Bréfritari: Þórarinn Stefánsson
Dagsetning: A-1927-10-30
Skrifað á: Vesturheimi

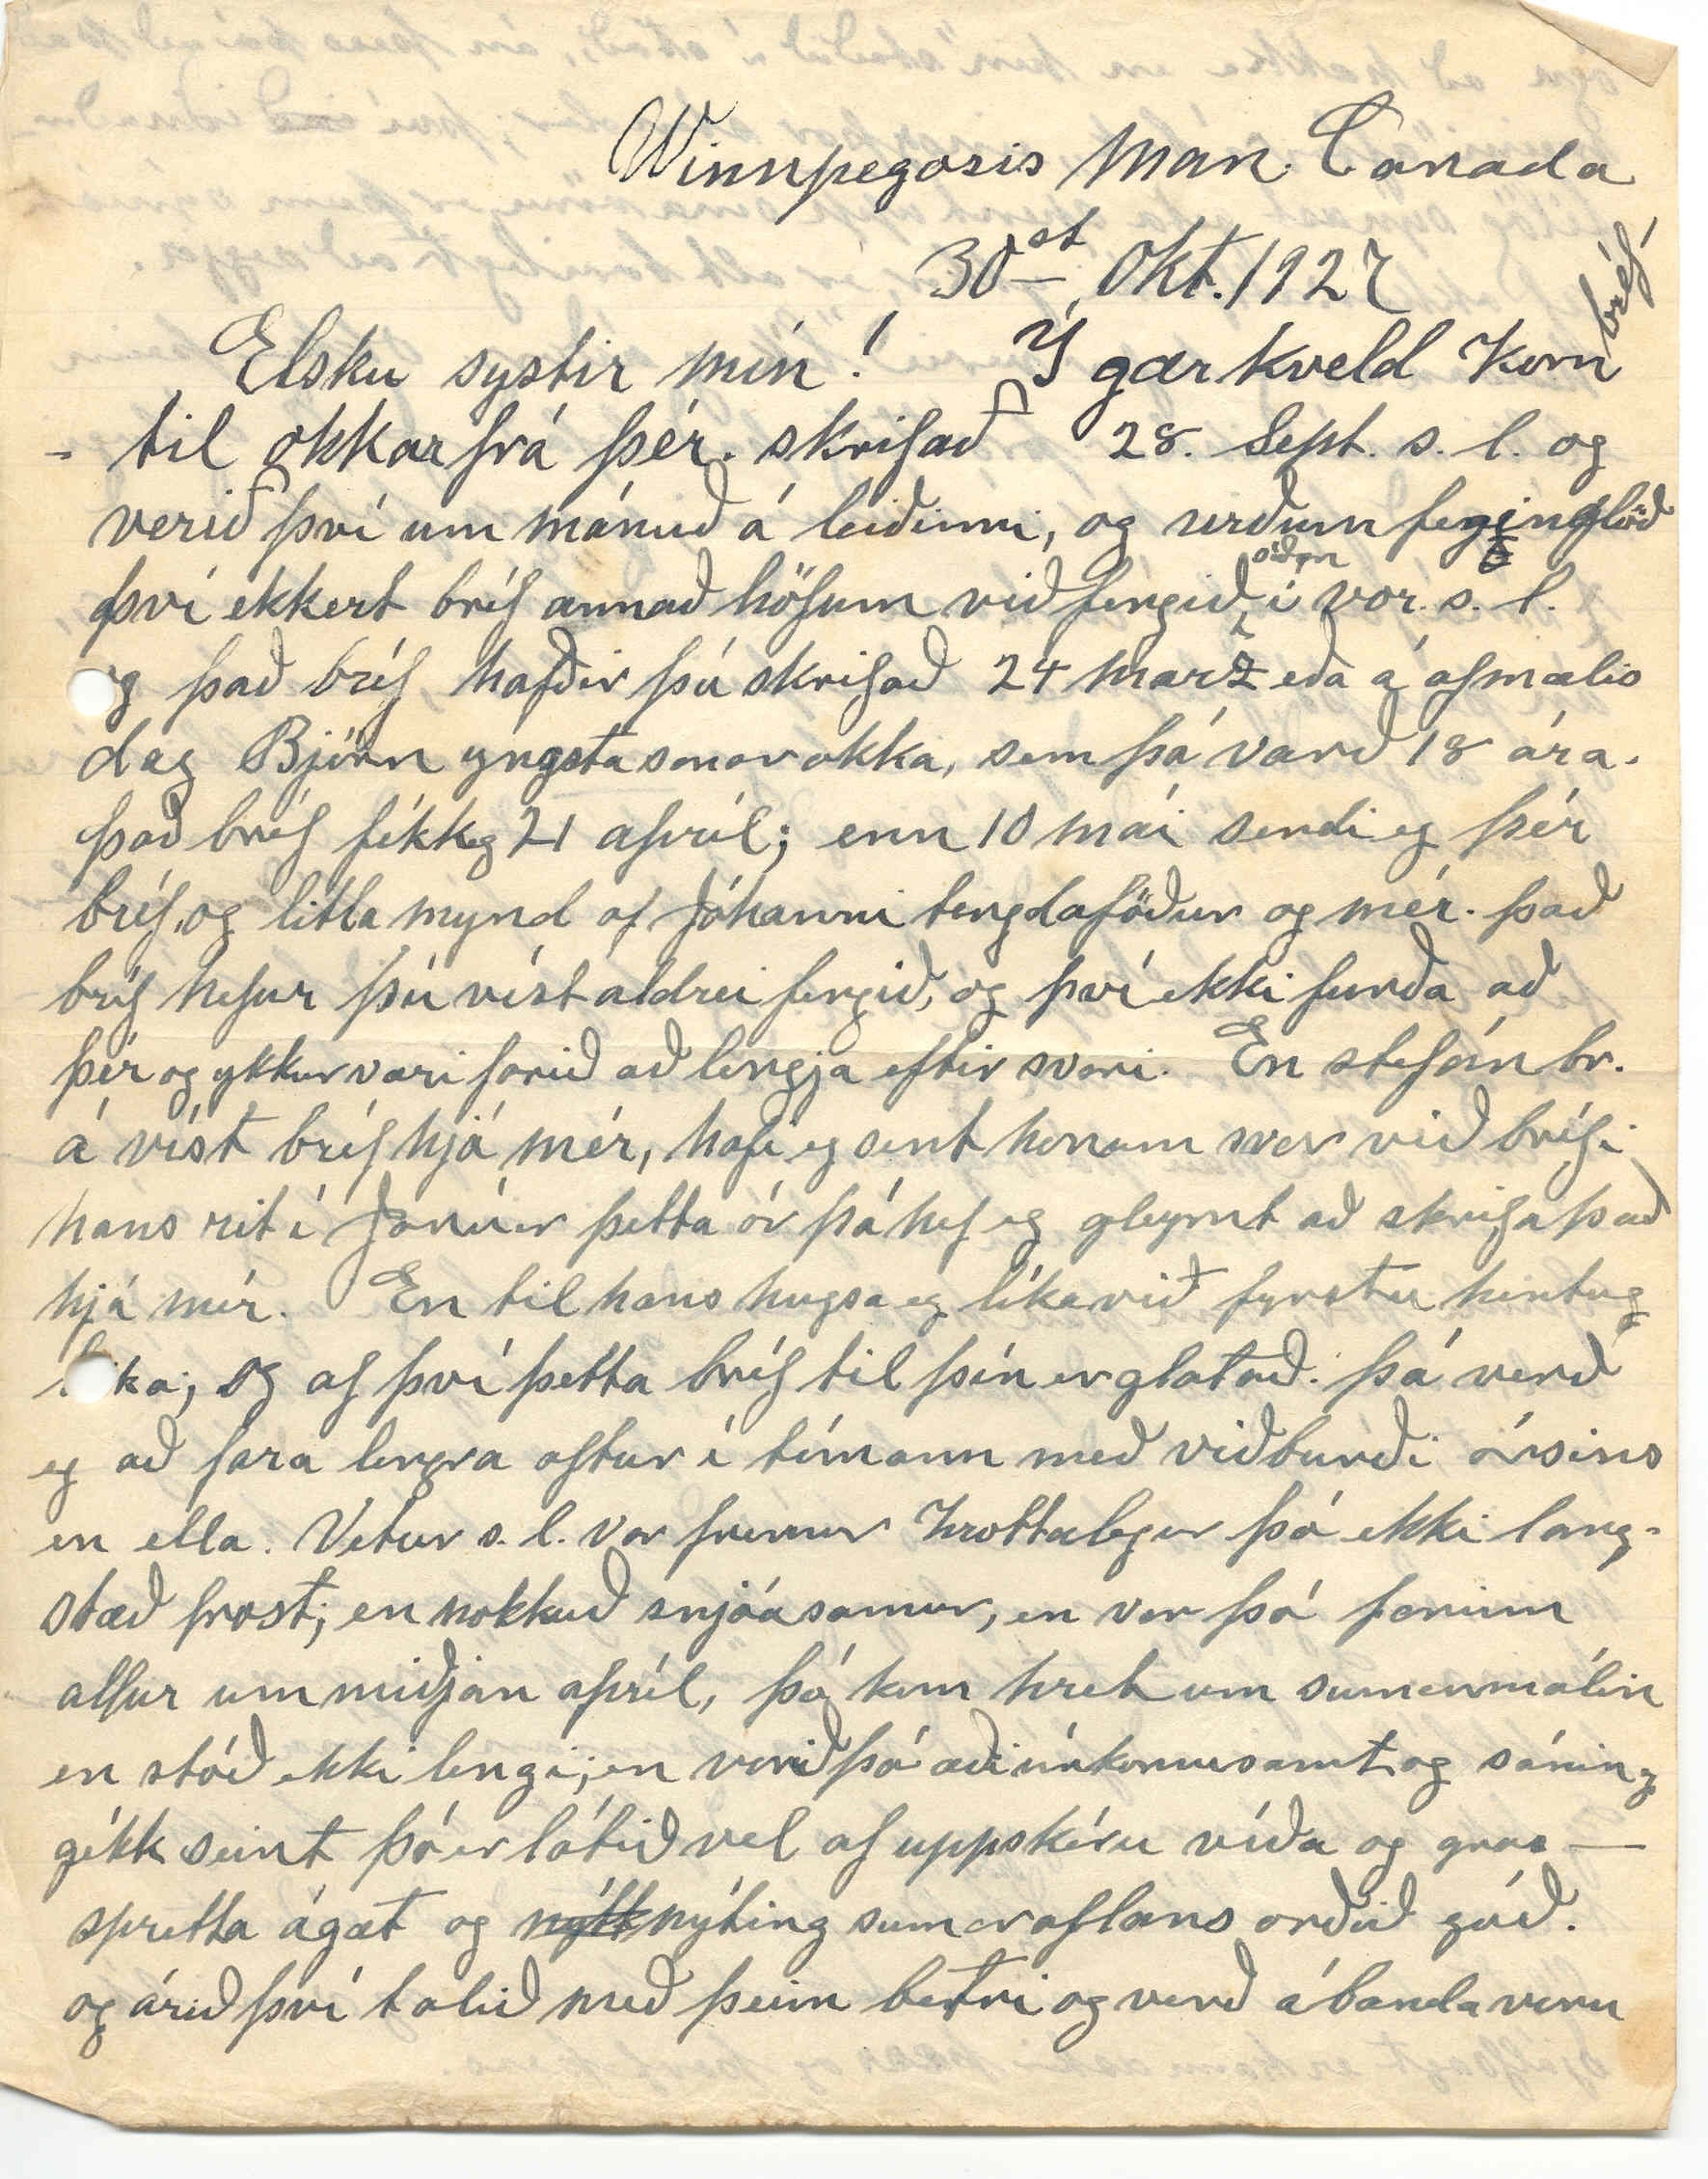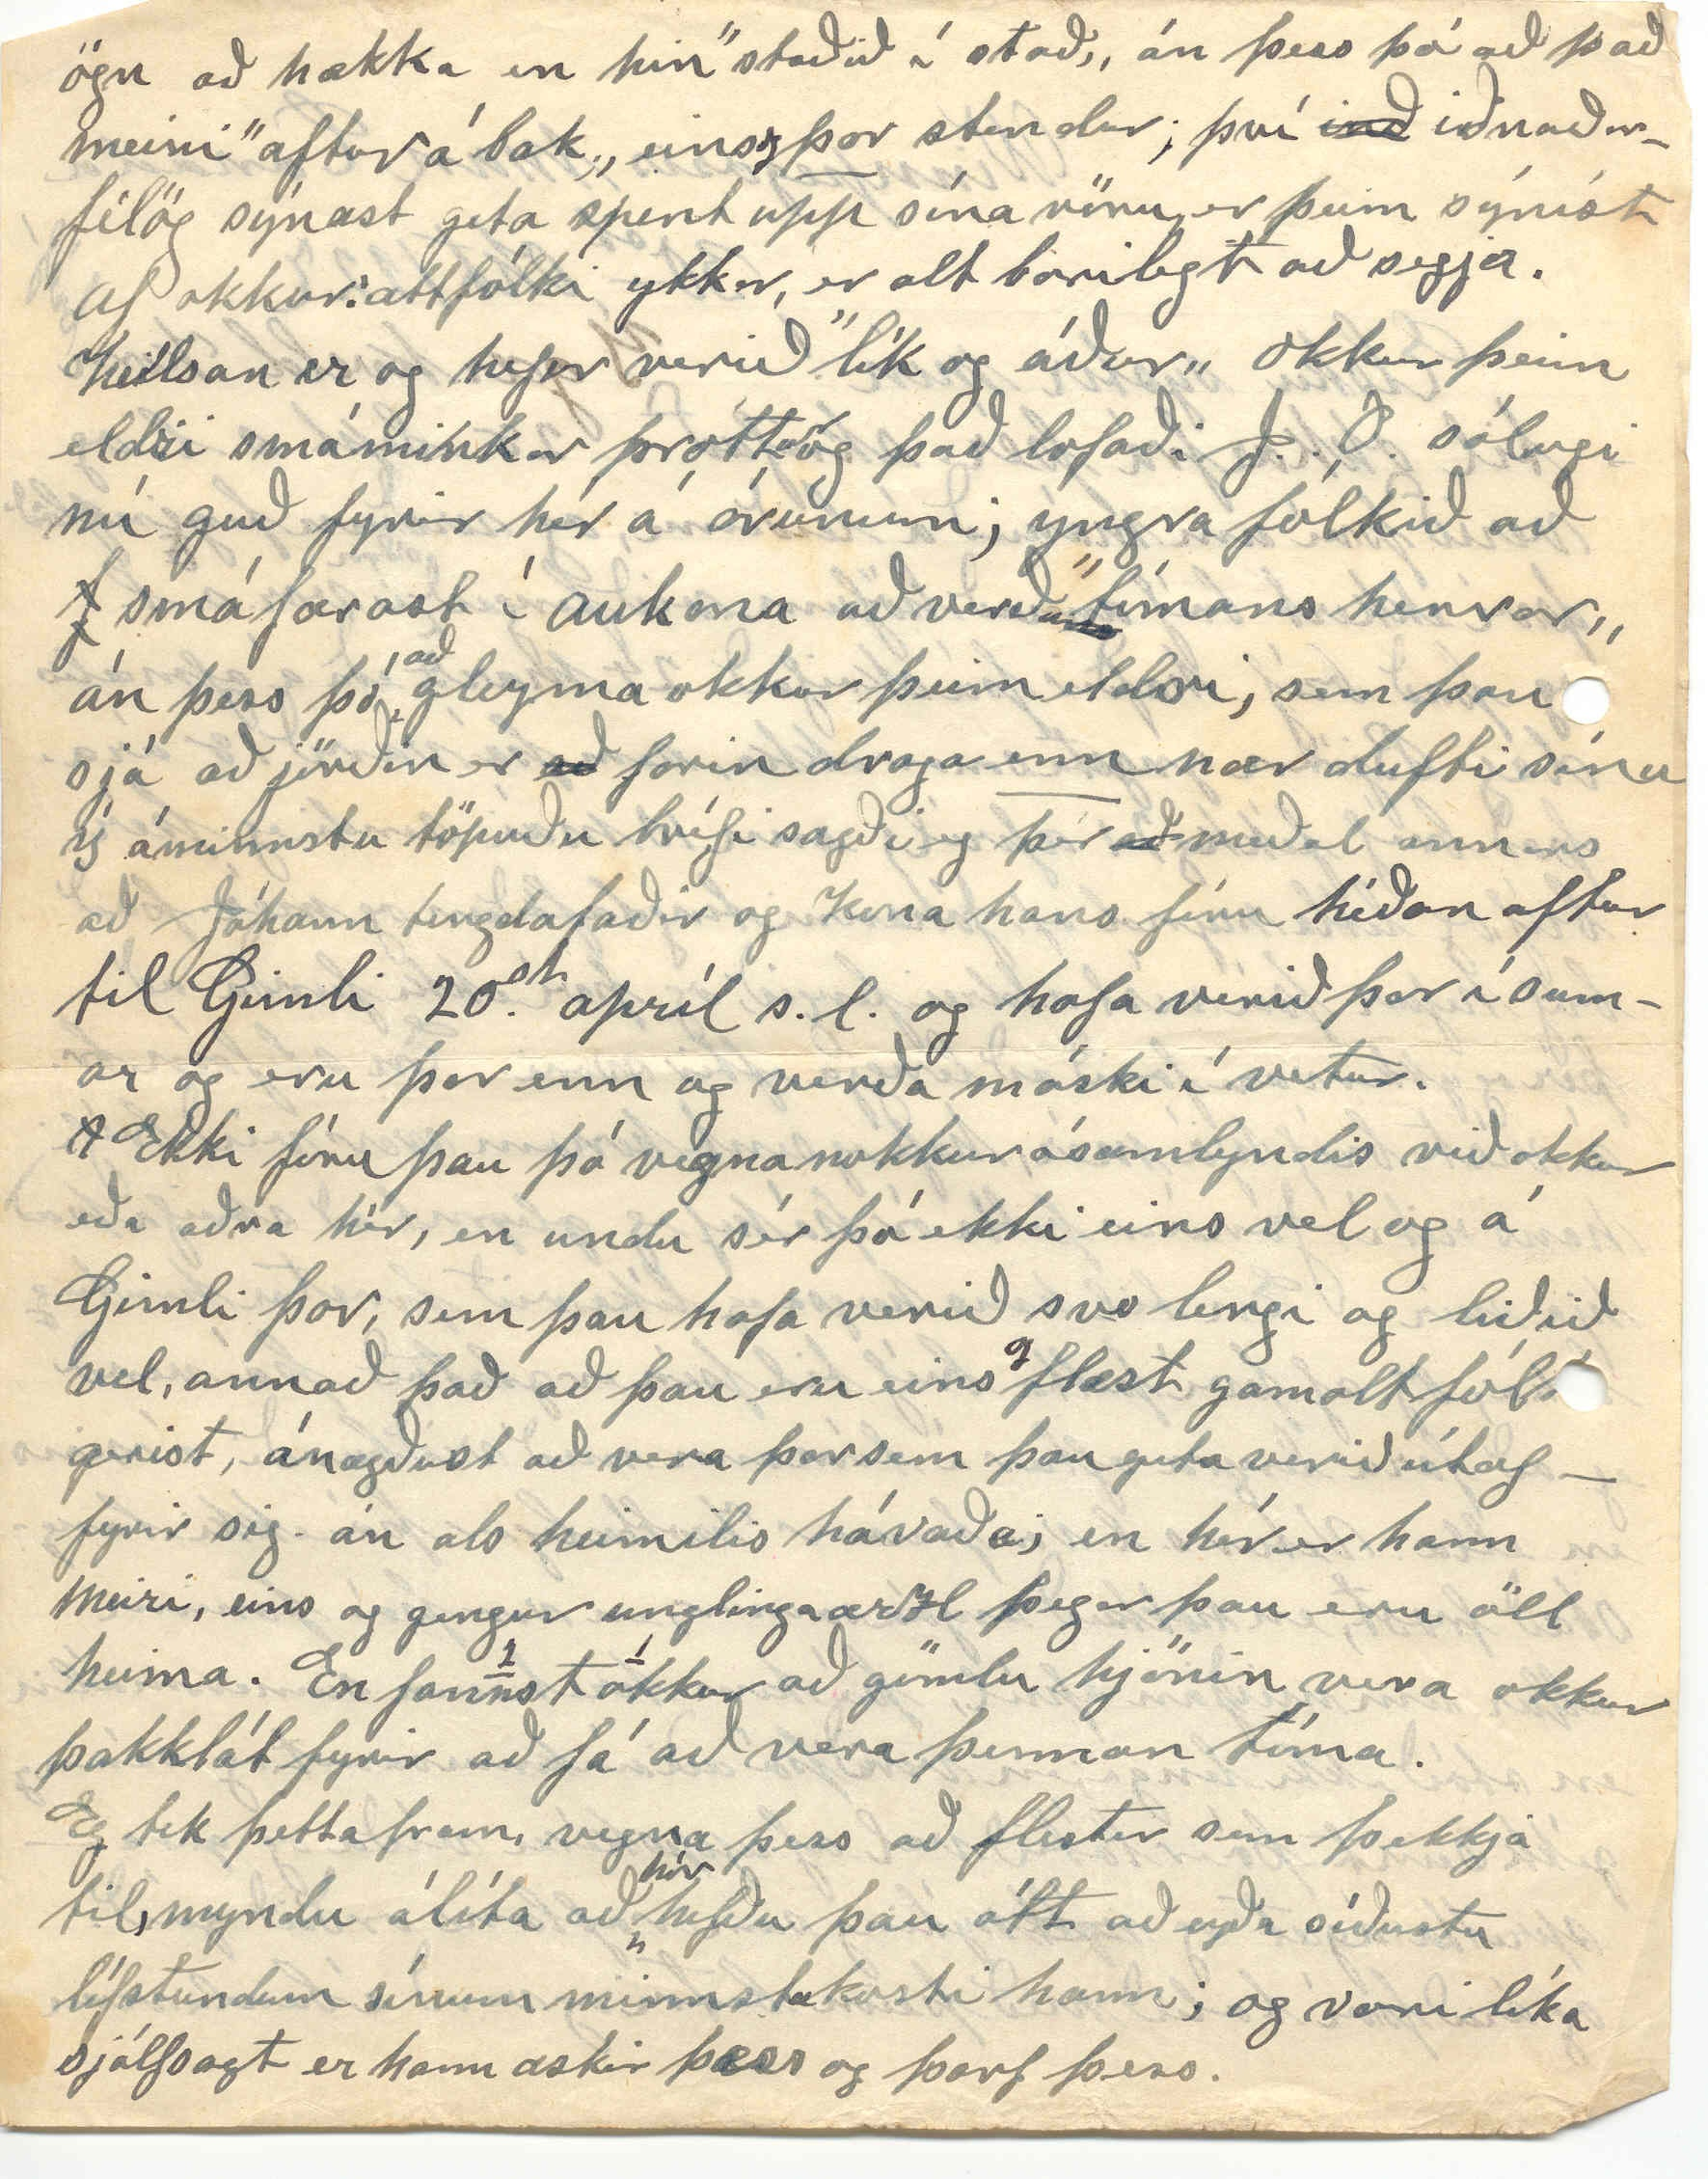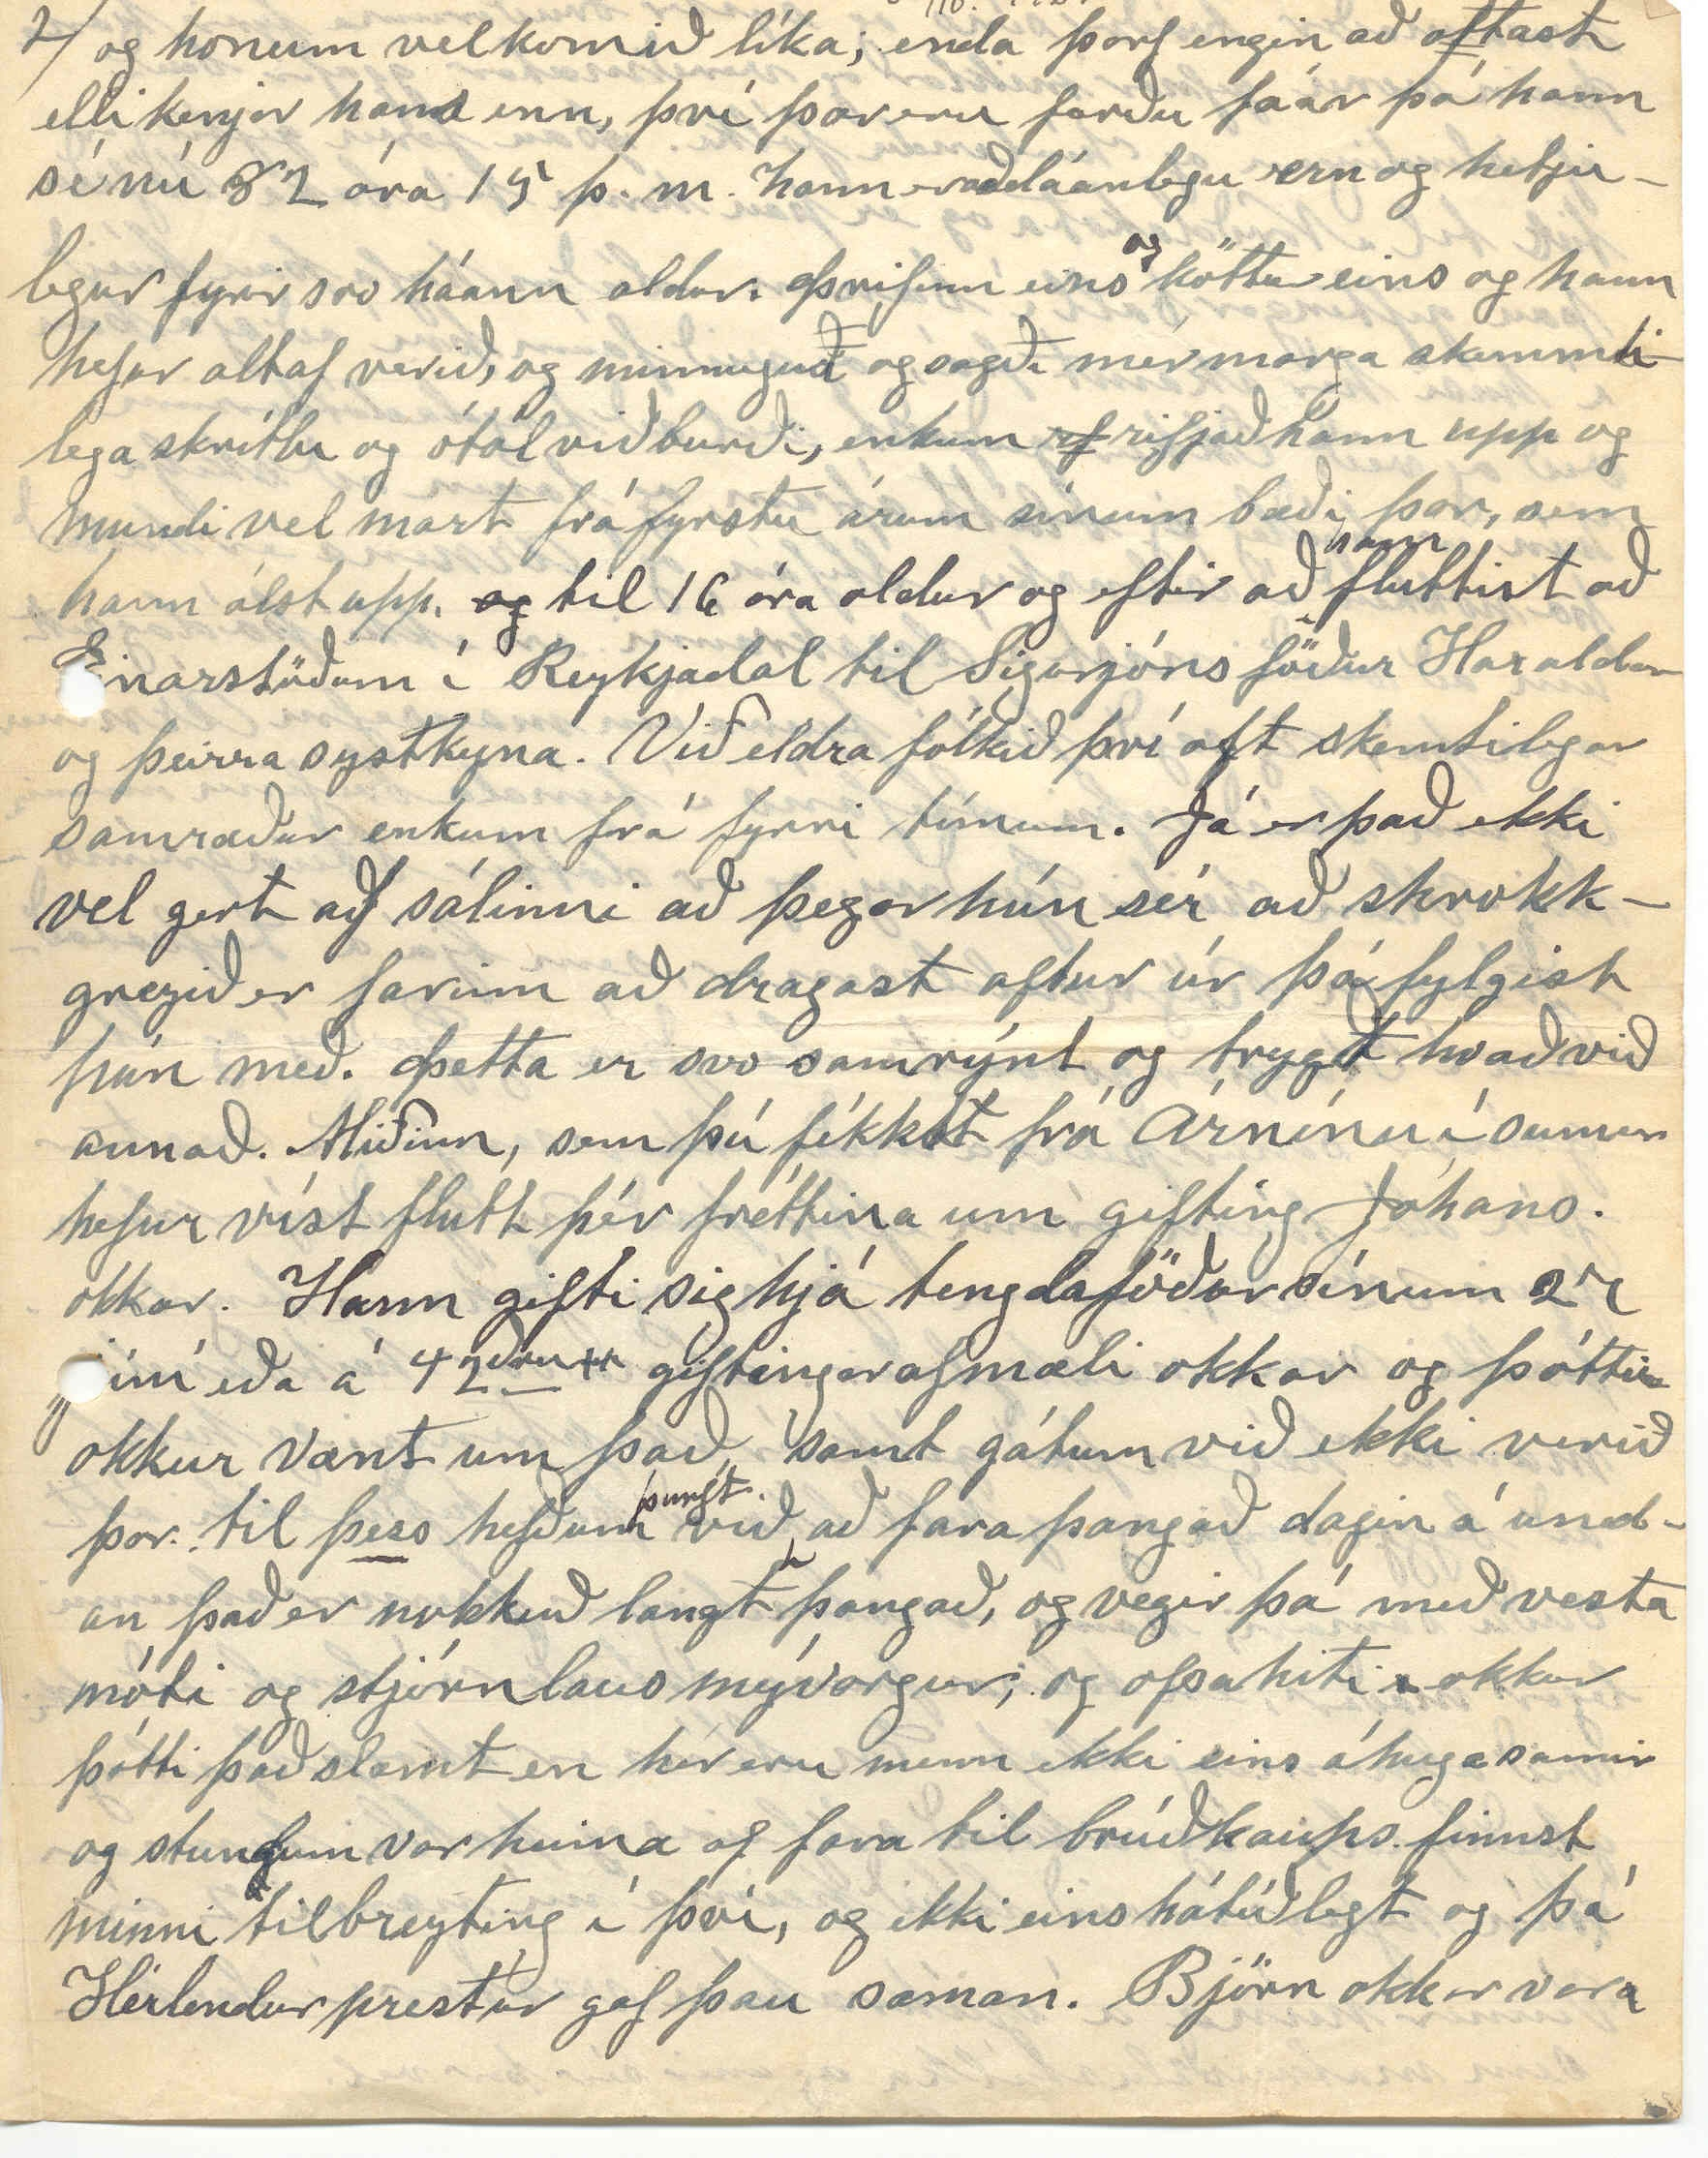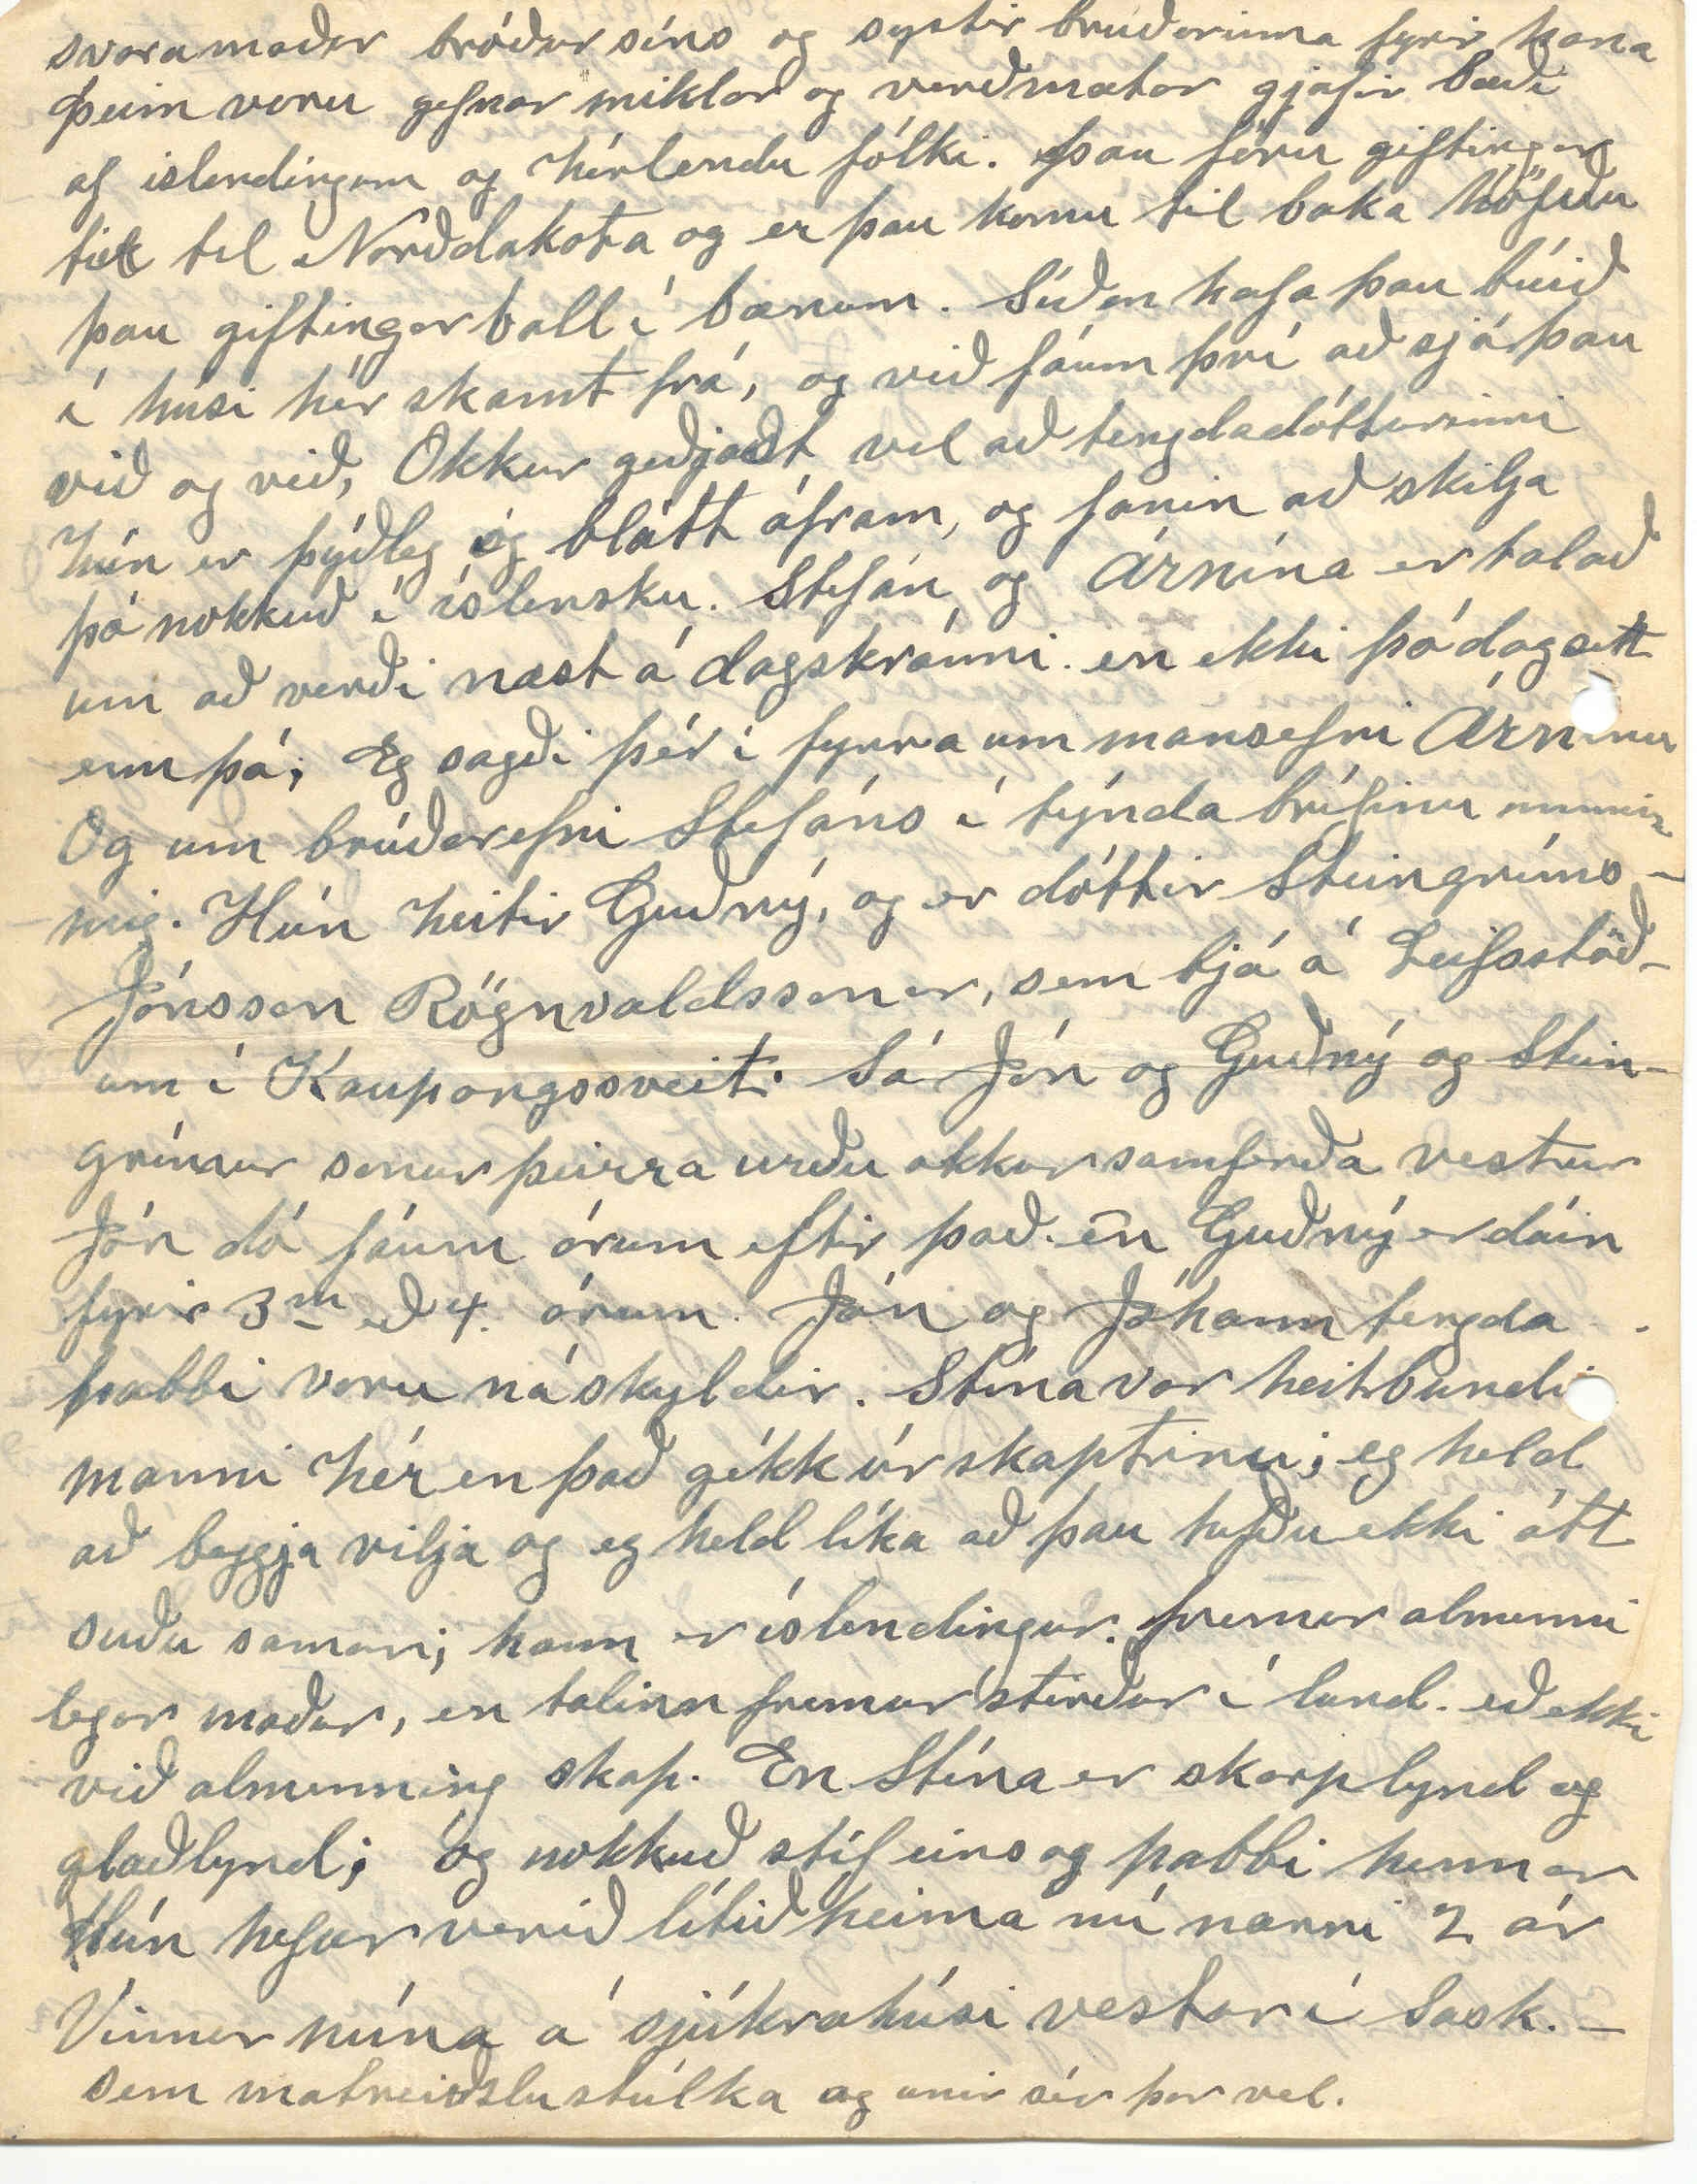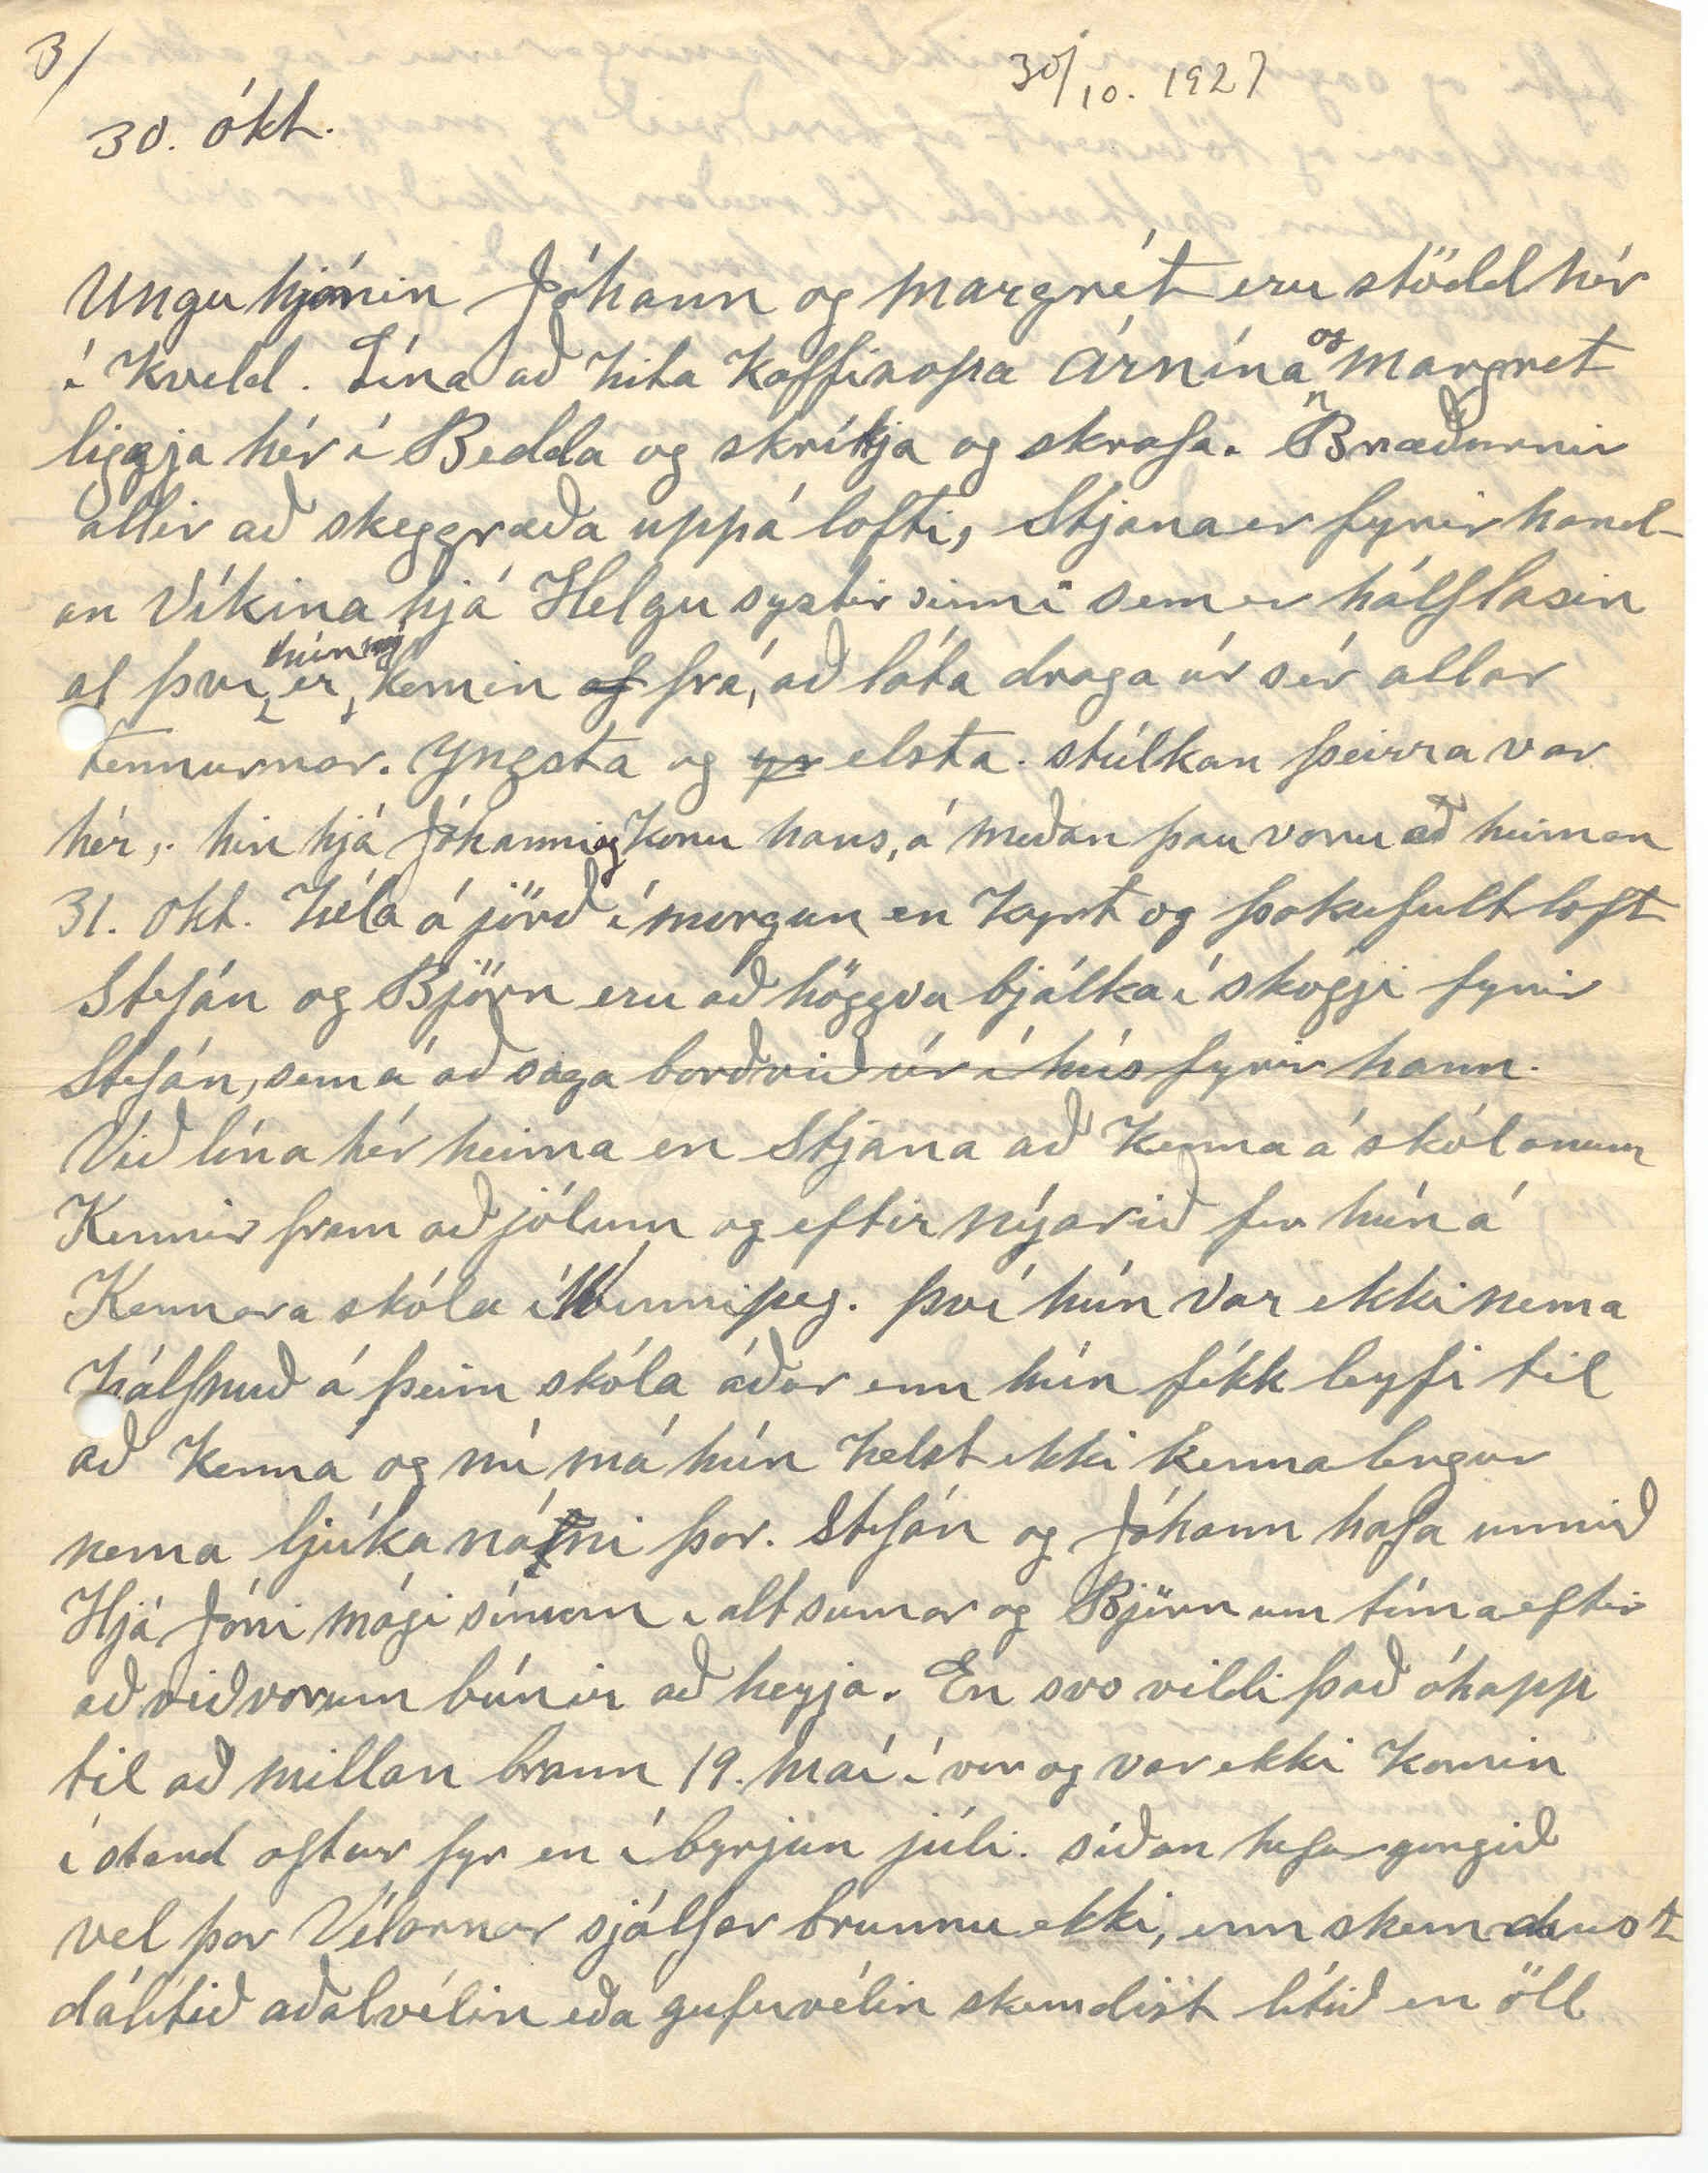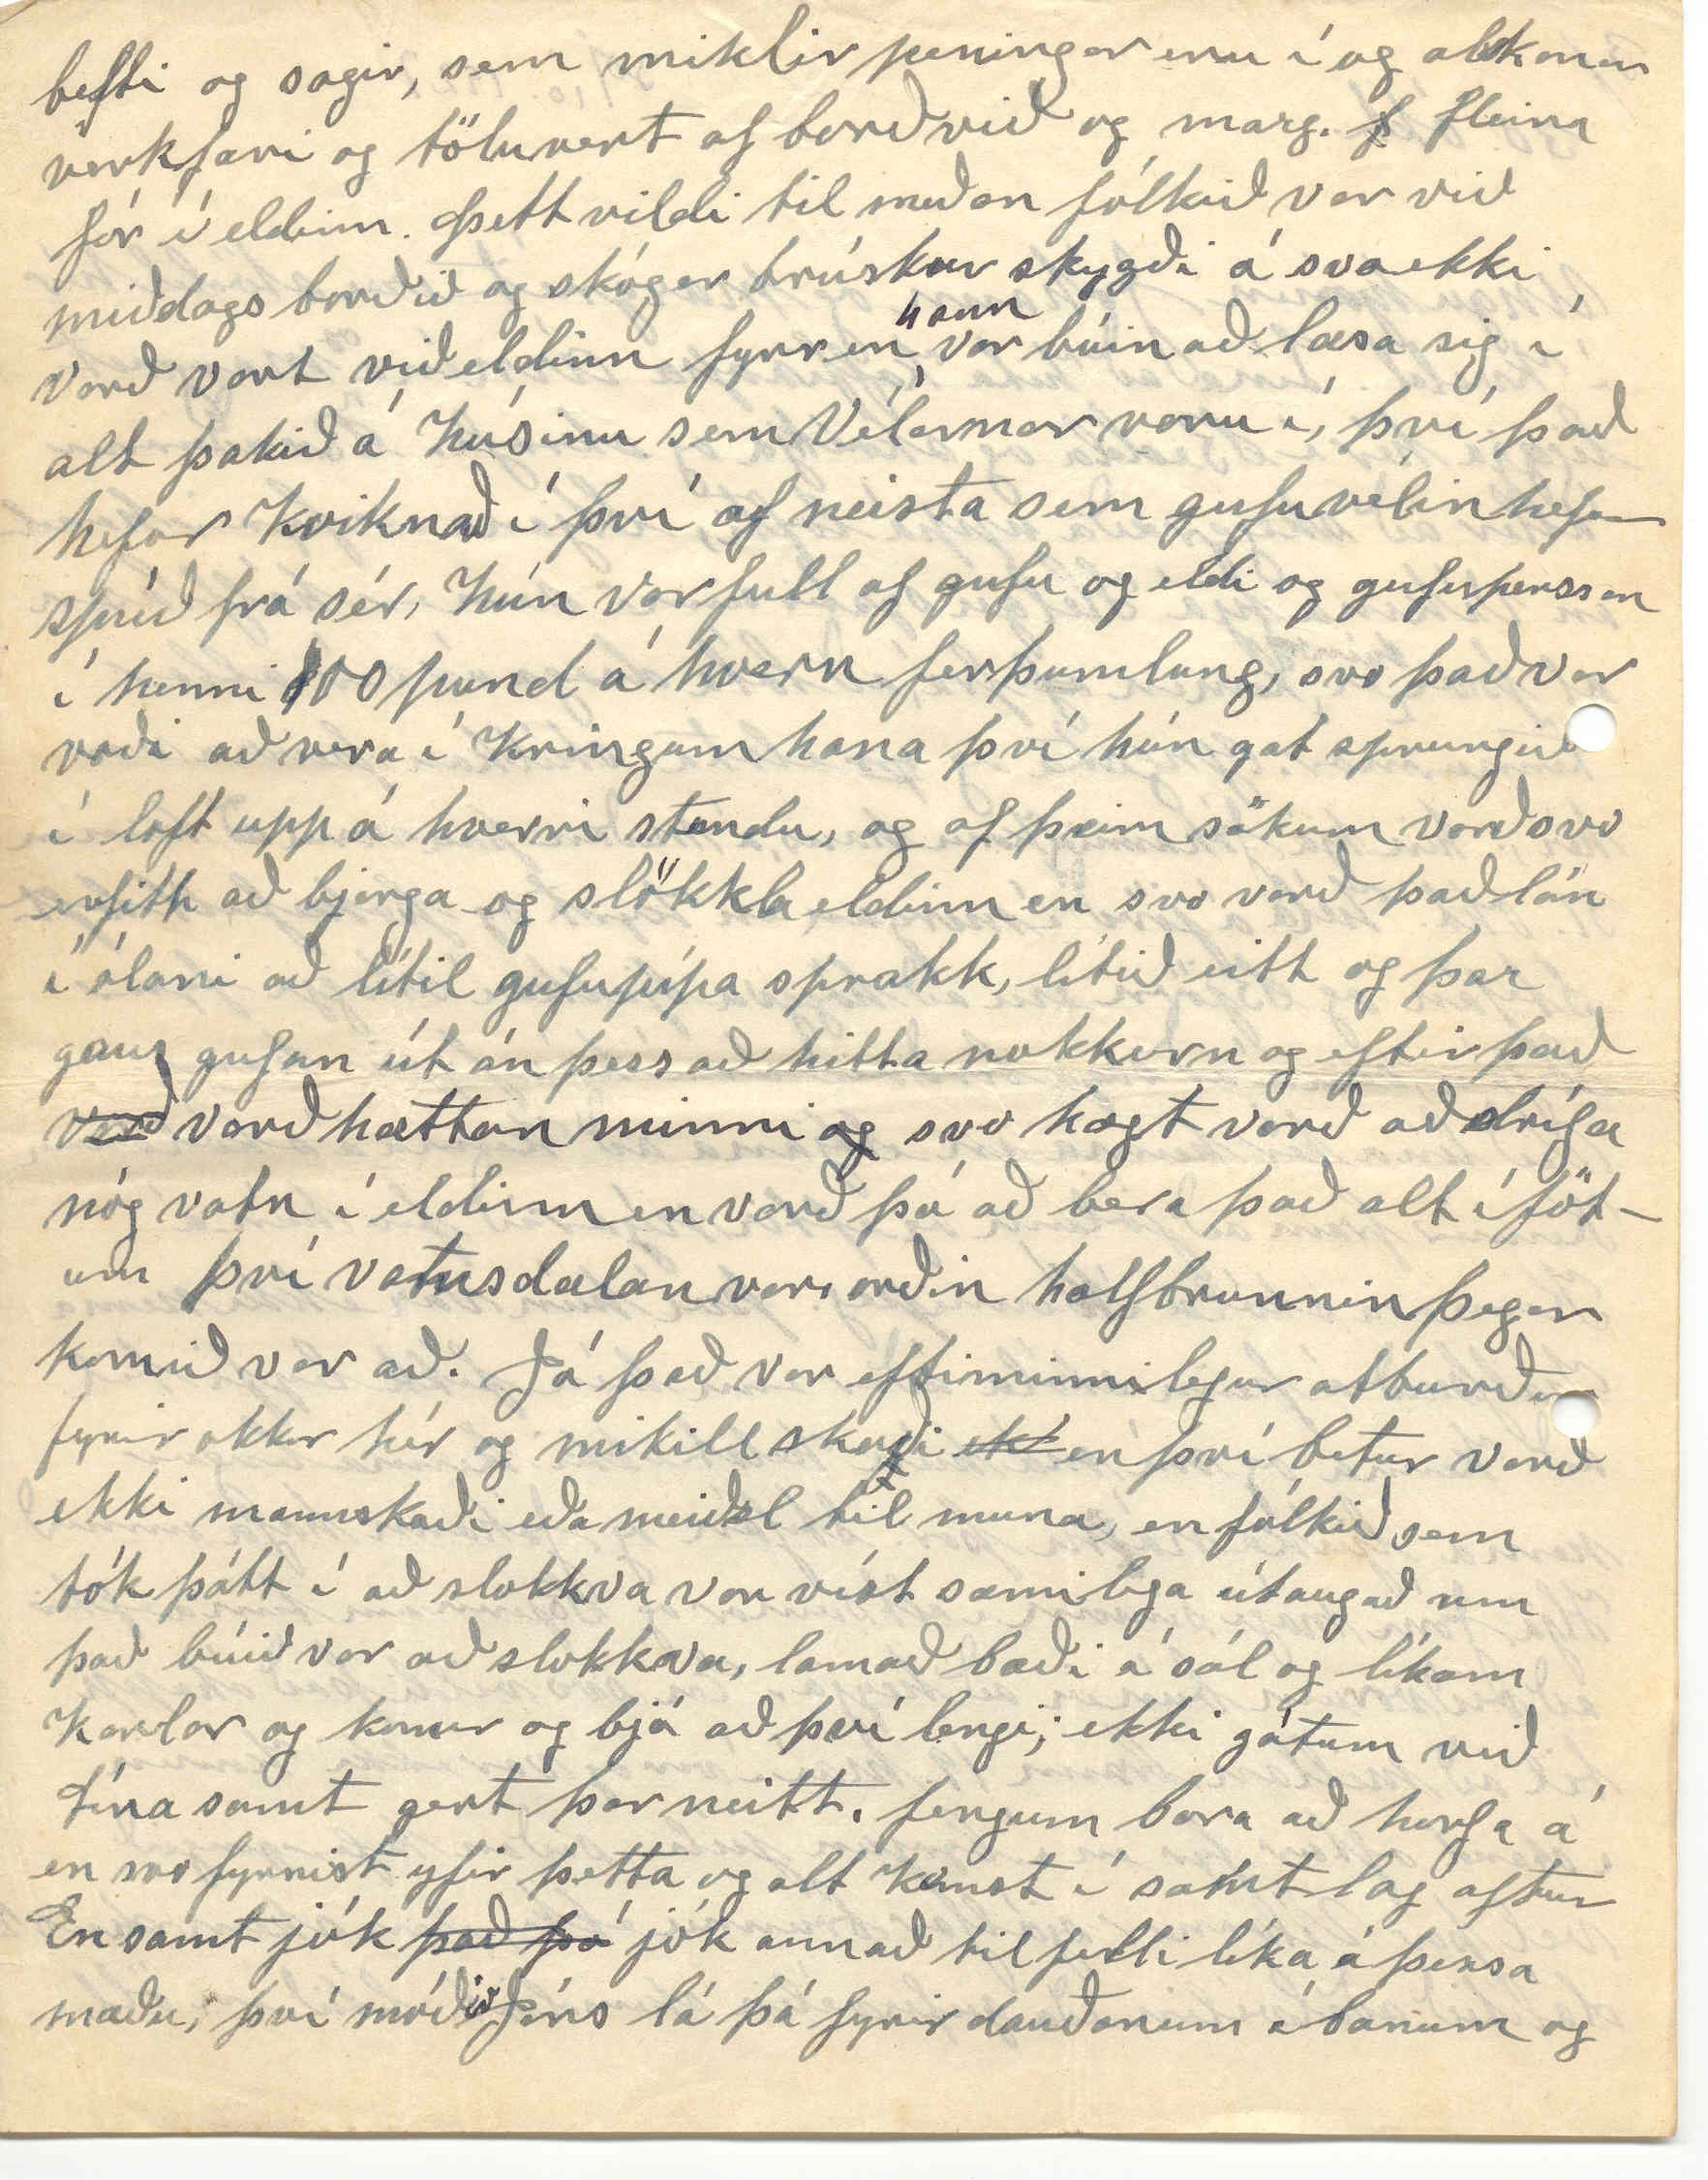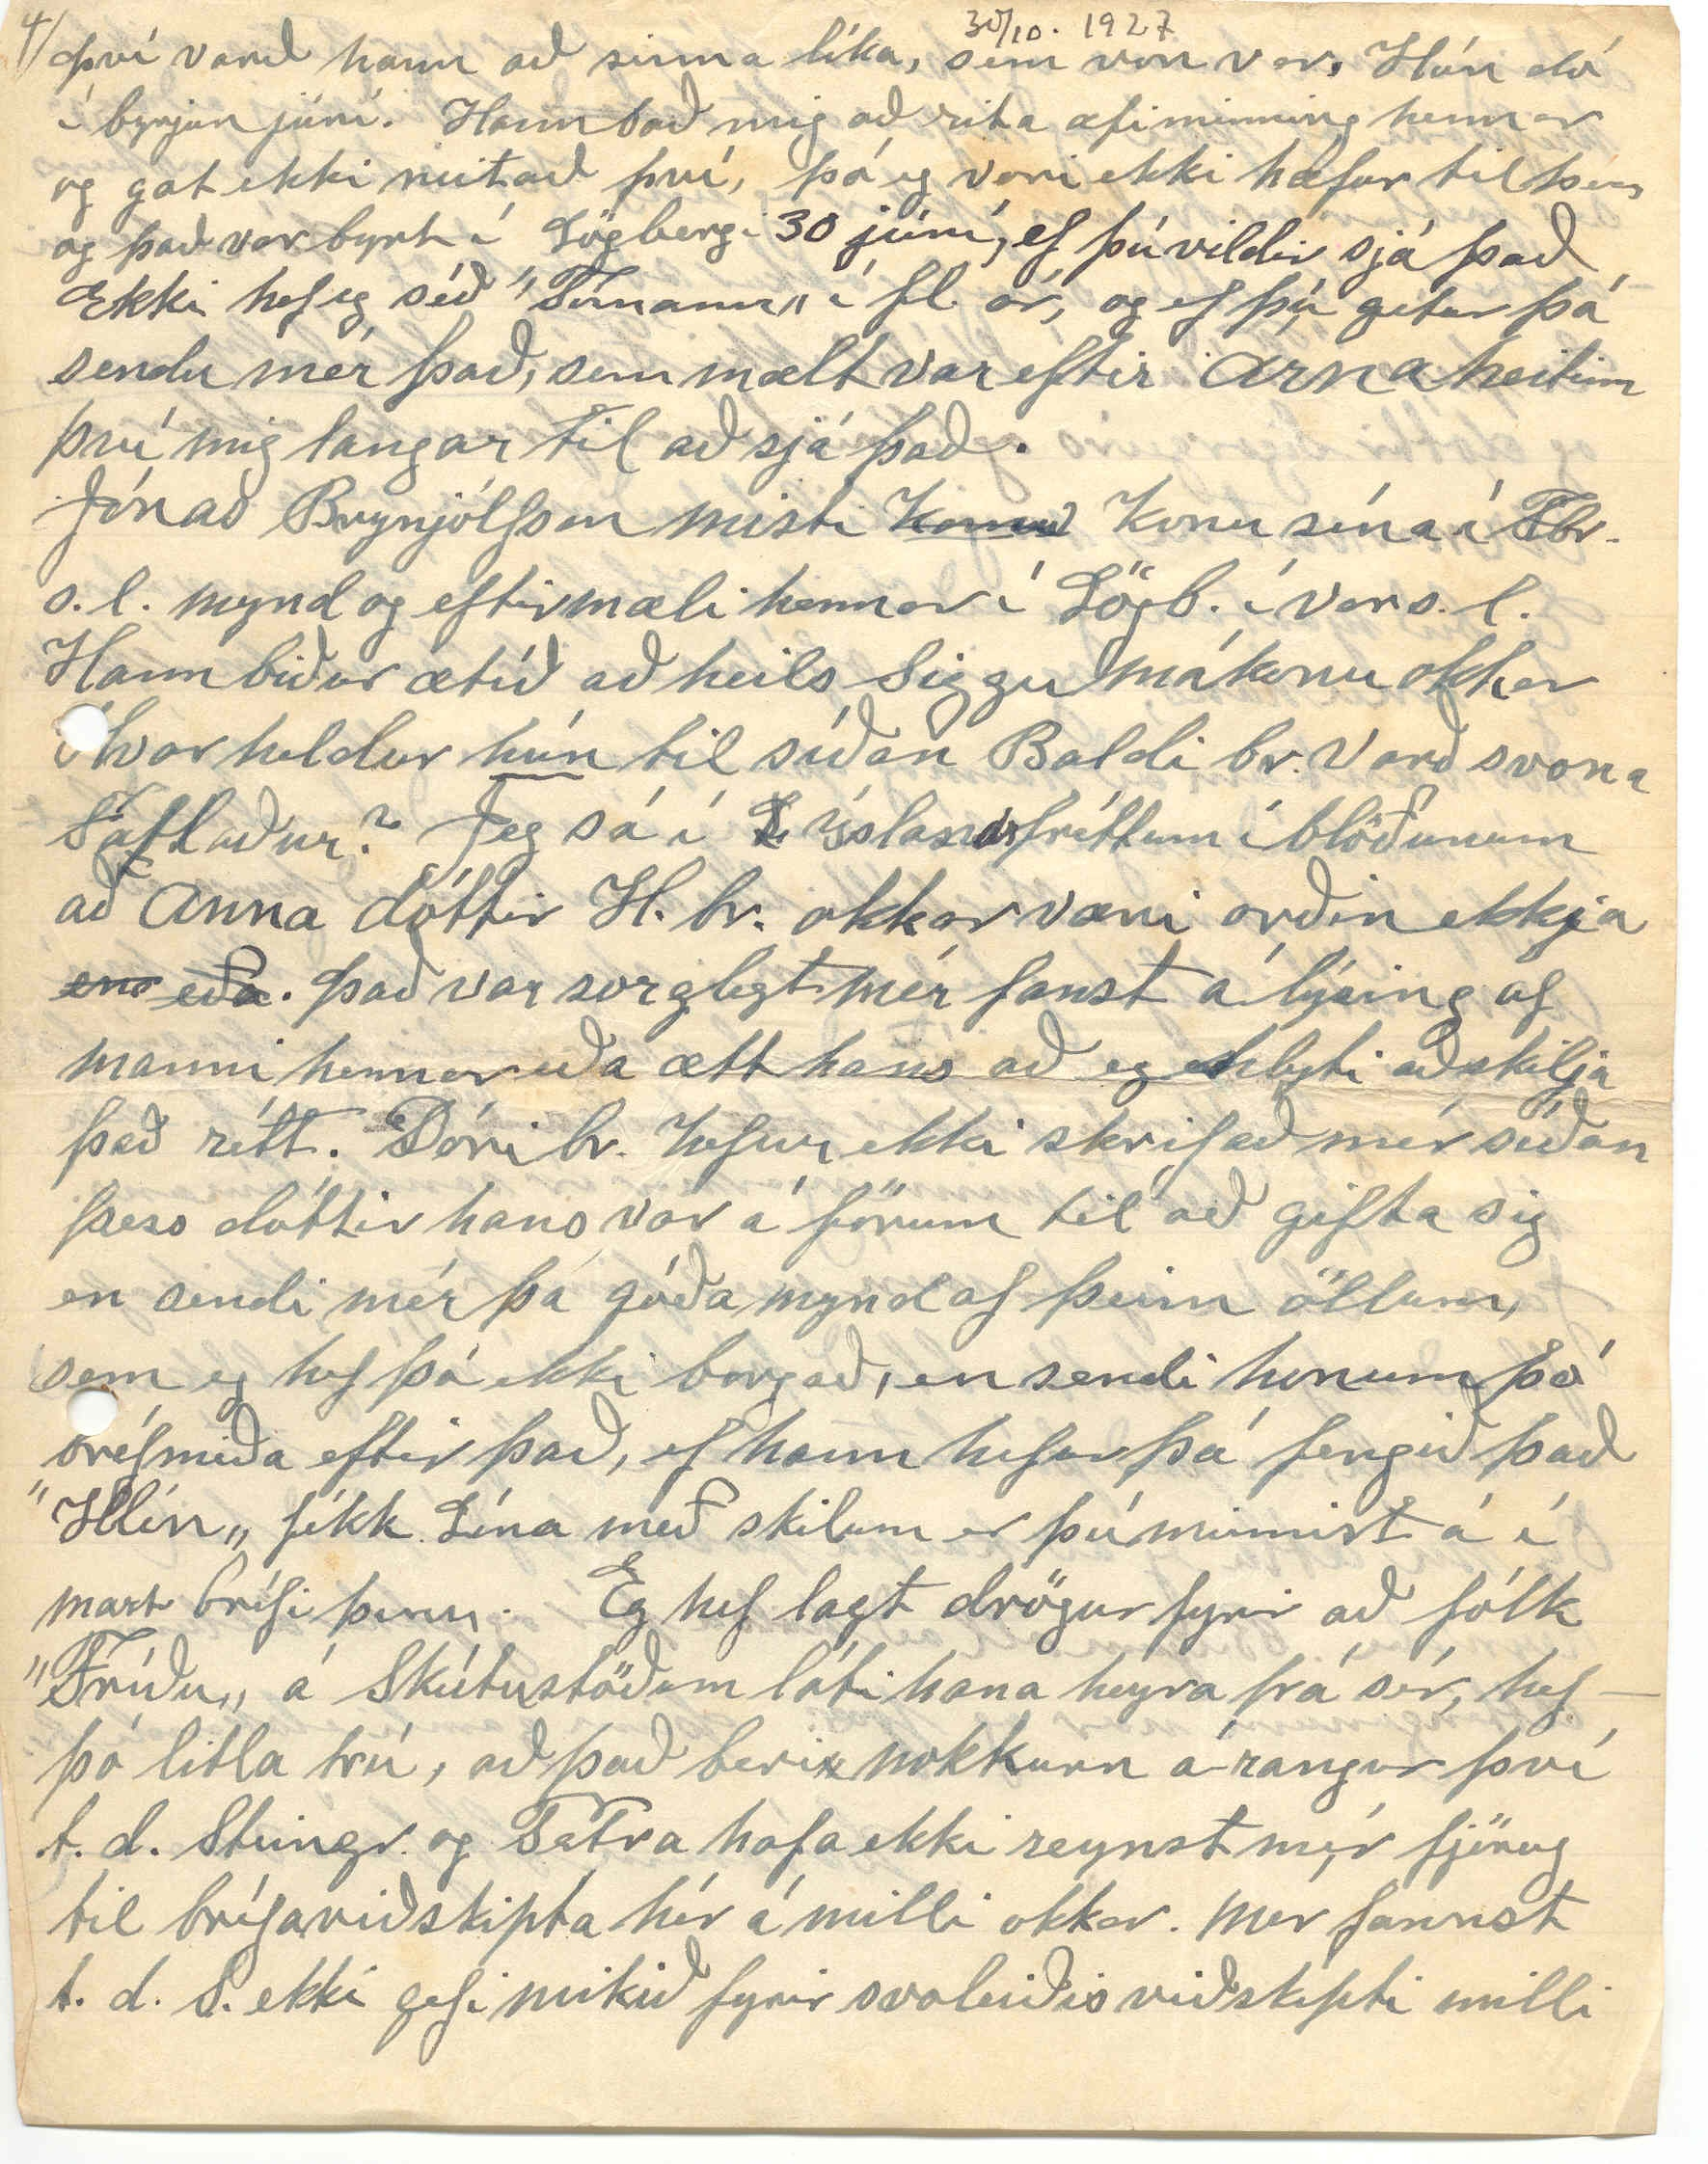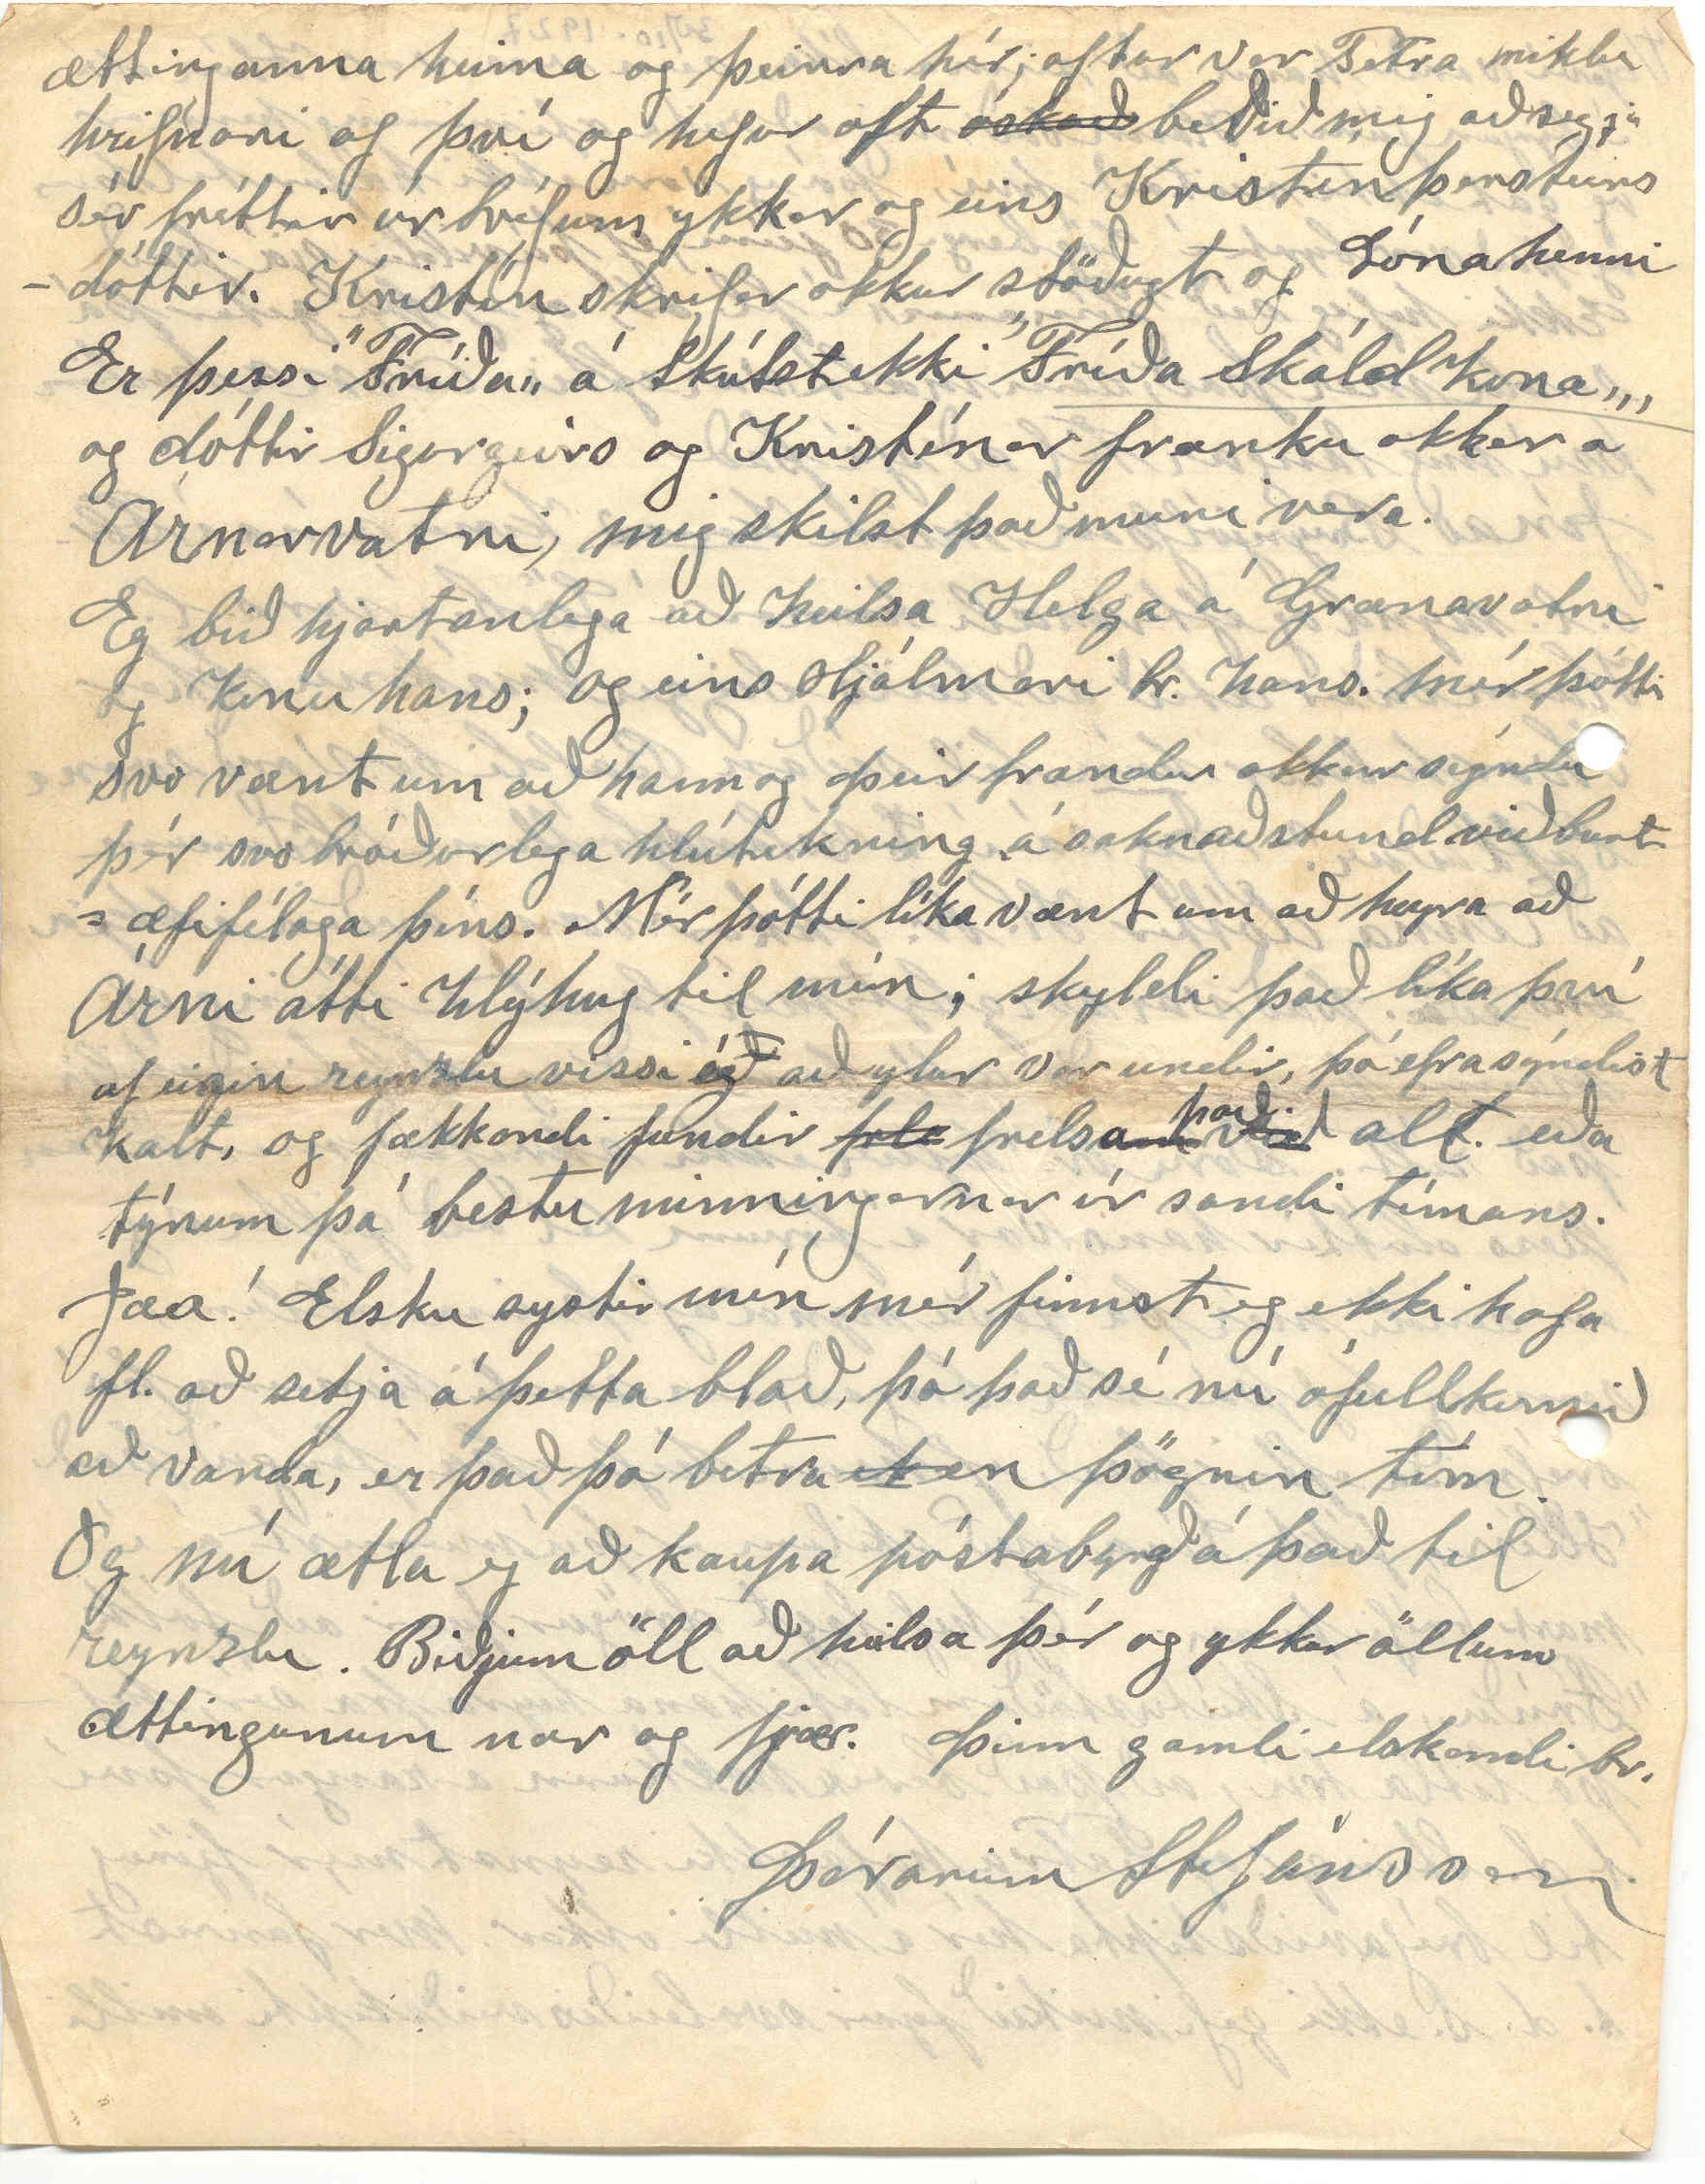

Winnpegosis man. Canada
30
st
okt. 1927
Elsku systir mín! Í gærkveld kom
bréf
til okkar frá þér. skrifað 28. Sept s.l. og verið því um mánuð á leiðinni, og urðum feginglöð því ekkert bréf annað höfum við fengið
síðan
í vor. s.l. og það bréf hafðir þú skrifað 24 marz eða á afmælisdag Björn yngsta sonar okka, sem þá varð 18 ára. Það bréf fékk eg 21 apríl; enn 10 mái sendi eg þér bréf og litla mynd af Jóhanni tengdaföður og mér. það bréf hefur þú víst aldrei fengið, og því ekki furða að þér og ykkur væri farið að lengja eftir svari. En stefán br. á víst bréf hjá mér, hafi eg sent honum svar við bréfi hans rit í Janúar þetta ár þá hef eg gleymt að skrifa það hjá mér. En til hans hugsa eg líka við fyrstu hentugleika; og af því þetta bréf til þín er glatað. þá verð eg að fara lengra aftur í tímann með viðburði ársins en ella. Vetur s.l. var fremur hrottalegur þó ekki langstæð frost; en nokkuð snjóasamur, en var þó farinn allur um miðjan apríl, þó kom hret um sumarmálin en stóð ekki lengi; en varð þó æði úrkomusamt og sáning gékk seint þó er látið vel af uppskéru víða og grasspretta ágæt og
nýtt
nýting sumaraflans orðið góð. og árið því talið með þeim betri og verð á bændavoru
ögn að hækka en hin ”staðið í stað„ án þess þó að það meini ”aftur á bak„ einsg
þar
stendur; því
inð
iðnaðarfélög sýnast geta spent upp sína vöru er þeim sýnist
af okkur: ættfólki ykkar, er alt bærilegt að segja. heilsan er og hefur verið ”lík og áður„ okkur þeim eldri smáminkar þrótt
ur
og það lofaði J. O. sálugi nú guð fyrir hér á árunum; yngra fólkið að
f
smá færast í aukana að verða ”tímans herrar„ án þess þó
að
gleyma okkur þeim eldri, sem þau sjá að jörðin er
að
farin draga
enn
nær dufti sínu Í áminnstu töpuðu bréfi sagði eg þér
að
meðal annars að Jóhann tengdafaðir og kona hans fóru héðan aftur til Gimli 20.
st
apríl s.l. og hafa verið þar í sumar og eru þar enn og verða máski í vetur.
Ekki fóru þau þó vegna nokkur ósamlyndis við okkur eða aðra hér, en undu sér þó ekki eins vel og á Gimli þar, sem þau hafa verið svo lengi og liðið vel, annað það að þau eru eins
og
flest gamalt fólk gerist, ánægðust að vera þar sem þau geta verið útaffyrir sig. án als heimilis hávaða; en hér er hann meiri, eins og gengur unglingaærzl þegar þau eru öll heima. En
fannst okkur
okkur fannst
Orðaröð breytt með uppskrifuðum tölustöfum.
að gömlu hjönin vera okkur þakklát fyrir að fá að vera þennan tíma.
Eg tek þetta fram, vegna þess að flestir sem þekkja til, myndu álíta að
hér
hefðu þau átt að eyða síðustu lífstundum sínum minnsta kosti hann; og væri líka sjálfsagt er hann æskir þess og þarf þess.
og honum velkomið líka; enda þarf engin að o
f
ttast elli kenjar hans enn, því þær eru furðu fáar þó hann sé nú 82 ára 15 þ.m. hann er aðdáanlega ern og hetjulegur fyrir svo háann aldur. Þrifinn eins
og
köttur eins og hann hefur altaf verið, og minnugu
ð
r og sagði mér marga skemmtilega skrítlu og ótal viðburði, enkum
ef
rifjað hann upp og mundi vel mart frá fyrstu árum sínum bæði þar, sem hann ólst upp.
og
til 16 ára aldur og eftir að
hann
fluttist að Einarstöðum í Reykjadal til Sigurjóns föður Haraldar og þeirra systkyna. Við eldra fólkið því oft skemtilegar samræður enkum frá fyrri tímum. Já er það ekki vel gert a
ð
f sálinni að þegar hún sér að skrokkgreyið er farinn að dragast aftur úr þá fylgist hún með. Þetta er svo samrýnt og trygt hvað við annað. Miðinn, sem þú fékkst frá Árnínu í sumar hefur víst flutt þér fréttina um gifting Jóhans okkar. Hann gifti sig hjá tengdaföður sínum 27 júní eða á 42
ðru
giftingarafmæli okkar og þótti okkur vænt um það samt gátum við ekki verið þar. til
þess
hefðum við
þurft
að fara þangað dagin á undan það er nokkuð langt þangað, og vegir þá með vesta móti og stjórnlaus mývargur; og ofsahiti. okkur þótti það slæmt en hér eru menn ekki eins áhugasamir og stun
g
dum var heima af fara til brúðkaups. finnst minni tilbreyting í því, og ekki eins hátíðlegt og þá Hérlendur prestur gaf þau saman. Björn okkar var
svaramaður bróður síns og systir brúðarinna fyrir hana Þeim voru gefnar miklar og verðmætar gjafir bæði af islendingum og hérlendu fólki. Þau fóru giftingarfor til Norðdakota og er þau komu til baka höfðu þau giftingarball í bænum. Síðan hafa þau búið í húsi hér skamt frá, og við fáum því að sjá þau við og við, Okkur geðjast vel að tengdadótturinni hún er þýðleg og blátt áfram, og farin að skilja þó nokkuð í íslensku. Stefán og Árnína er talað um að verði næst á dagskránni. en ekki þó dagsett enn þá; Eg sagði þér í fyrra um mansefni Árnínu Og um brúðarefni Stefáns í týnda bréfinu minnir mig. Hún heitir Guðný, og er dóttir Steingríms Jónsson Rögnvaldssonar, sem bjó á Leifsstöðum í Kaupangssveit. Sá Jón og Guðný og Steingrímur sonur þeirra urðu okkur samferða vestur Jón dó fáum árum eftir það. en Guðný er dáin fyrir 3
m
eð 4. árum. Jón og Jóhann tengdapabbi voru náskyldir. Stína var heitbundin manni hér en það gékk úr skaptinu; eg held að beggja vilja og eg held líka að þau hefðu ekki átt suðu saman; hann er íslendingur. fremur almennilegur maður, en talinn fremur stirður í lund. eð ekki við almenning skap. En Stína er skarplynd og glaðlynd; og nokkuð stíf eins og pabbi hennar Hún hefur verið lítið heima nú nærri 2 ár Vinnur núna á sjúkrahúsi vestur í Sask. sem matreiðslustúlka og unir sér þar vel.
30. ókt.
Ungu hjónin Jóhann og Margrét eru stödd hér í kveld. Lína að hita kaffisopa Árnína
og
Margret liggja hér í Bedda og skríkja og skrafa. Bræðurnir allir að skeggræða uppá lofti, Stjana er fyrir handan Víkina hjá Helgu systir sinni sem er hálflasin af því
hún
er komin
af
frá, að láta draga úr sér allar tennurnar. yngsta og
y
elsta stúlkan þeirra var hér, hin hjá Jóhanni og konu hans, á meðan þau voru að heiman
31. okt. héla á jörð í morgun en kyrt og þokufult loft Stefán og Björn eru að höggva bjálka í skogji fyrir Stefán, sem á að saga borðvið úr í hús fyrir hann. Við lína hér heima en Stjana að kenna á skólanum Kennir fram að jólum og eftir nýarið fer hún á Kennara skóla í Winnipeg. því hún var ekki nema hálfnuð á þeim skóla áður enn hún fékk leyfi til að kenna og nú má hún helst ekki kenna lengur nema ljúka ná
f
ni þar. Stefán og Jóhann hafa unnið Hjá Jóni mági sínum i alt sumar og Björn um tíma eftir að við vorum búnir að heyja. En svo vildi það óhapp til að millan brann 19. maí í vor og var ekki komin í stand aftur fyr en í byrjun júli. síðan hefur gengið vel þar Vélarnar sjálfar brunnu ekki, enn skemdust dálítið aðalvélin eða gufuvélin skemdist lítið en öll
belti og sagir, sem miklir peningar eru í og alskonar verkfæri og töluvert af borðvið og marg.
f
fleira fór í eldinn. Þett vildi til meðan fólkið var við miðdags borðið og skógar brúskur skygði á svo ekki varð vart við eldinn fyrr en
hann
var búin að læsa sig í alt þakið á húsinu sem Vélarnar voru í, því það hefur kviknað í því af neista sem gufuvélin hefur spúð frá sér, hún var full af gufu og eldi og gufuperssan í henni 100 pund á hvern ferþumlung, svo það var voði að vera í kringum hana því hún gat sprungið í loft upp á hverri stundu, og af þeim sökum varð svo erfitt að bjarga og slökkla eldinn en svo varð það lán í ólani að lítil gufupípa sprakk, lítið eitt og þar gaus gufan út án þess að hitta nokkurn og eftir það
varð
varð hættan minni
og
svo hægt varð að drífa nóg vatn í eldinn en varð þó að bera það alt í fötum því vatnsdælan var orðin halfbrunnin þegar komið var að. Já það var eftiminnilegur atburður fyrir okkur hér og mikill skaði
ek
en því betur varð ekki mannskaði eða meiðsl til muna, en fólkið, sem tók þátt í að slokkva var víst sæmilega útaugað um það búið var að slokkva, lamað bæði á sál og líkam karlar og konur og bjó að því lengi; ekki gátum við Lína samt gert þar neitt. fengum bara að horfa á en svo fyrnist yfir þetta og alt komst í samt lag aftur En samt jók
það þó
jók annað tilfelli líka á þessa mæðu, því móðir Jóns lá þá fyrir dauðanum í bænum og
því varð hann að sinna líka, sem von var. Hún dó í byrjun júní. Hann bað mig að rita æfiminning hennar og gat ekki neitað því, þó eg væri ekki hæfur til þess og það var byrt í Lögbergi 30 júní, ef þú vildir sjá það Ekki hef eg séð ”Tímann„ í fl. ár, og ef þú getur þá sendu mér það, sem mælt var eftir Árna heitinn því mig langar til að sjá það.
Jónas Brynjólfson misti
komu
konu sína í Fbr. s.l. mynd og eftirmæli hennar í Lögb. í vor s.l. Hann biður ætíð að heils Siggu mákonu okkar Hvar heldur
hún
til síðan Baldi br. varð svona fatlaður? Jeg sá í
L
Íslandsfréttum í blöðunum að Anna dóttir H. br. okkar væri orðin ekkja
en eða
. Það var sorglegt mér fanst á lýsing af manni hennar eða ætt hans að eg hlyti að skilja það rétt. Dóri br. hefur ekki skrifað mér síðan þess dóttir hans var á förum til að gifta sig en sendi mér þó góða mynd af þeim öllum, sem eg hef þó ekki borgað, en sendi honum þó bréfmiða eftir það, ef hann hefur þá fengið það ”Hlín„ fékk Lína með skilum er þú minnist á í mart bréfi þinu. Eg hef lagt drögur fyrir að fólk ”Fríðu„ á Skútustöðum láti hana heyra frá sér, hef þó litla trú, að það beri nokkurn árangur því t.d. Steingr. og Petra hafa ekki reynst mér fjörug til bréfaviðskipta hér á milli okkar. mér fannst t.d. S. ekki gefi mikið fyrir svoleiðis viðskipti milli
ættinganna heima og þeirra hér; aftur var Petra miklu hrifnari af því og hefur oft
óskað
beðið mig að segja sér fréttir úr bréfum ykkar og eins Kristín þorsteinsdóttir. Kristín skrifar okkur stöðugt og Lína henni Er þessi ”Fríða„ á Skútst ekki
”Fríða skáld kona„
og dóttir Sigurgeirs og Kristínar frænku okkar á Arnarvatni, mig skilst það muni vera.
Eg bið hjartanlega að heilsa Helga á Grænavatni og konu hans; og eins Hjálmari br. hans. mér þótti svo vænt um að hann og þeir frændur okkar sýndu þér svo bróðurlega hlútekning á saknaðstund við burt æfifélaga þíns. Mér þótti líka vænt um að heyra að Árni átti hlýhug til mín; skyldi það líka því af eigin reynzlu vissi ég að ylur var undir, þó efra sýndist kalt, og fækkandi fundir
frl
frelsa
við
það alt. eða týnum þá bestu minningarnar úr sandi tímans.
Jæa! Elsku systir mín mér finnst eg ekki hafa fl. að setja á þetta blað, þó það sé nú ófullkomið að vanda, er það þó betra
e0
en þögnin tóm. Og nú ætla eg að kaupa póstabyrgð á það til reynzlu. Biðjum öll að heilsa þér og ykkur öllum ættingunum nær og fjær. Þinn gamli elskandi br.
Þórarinn Stefánsson